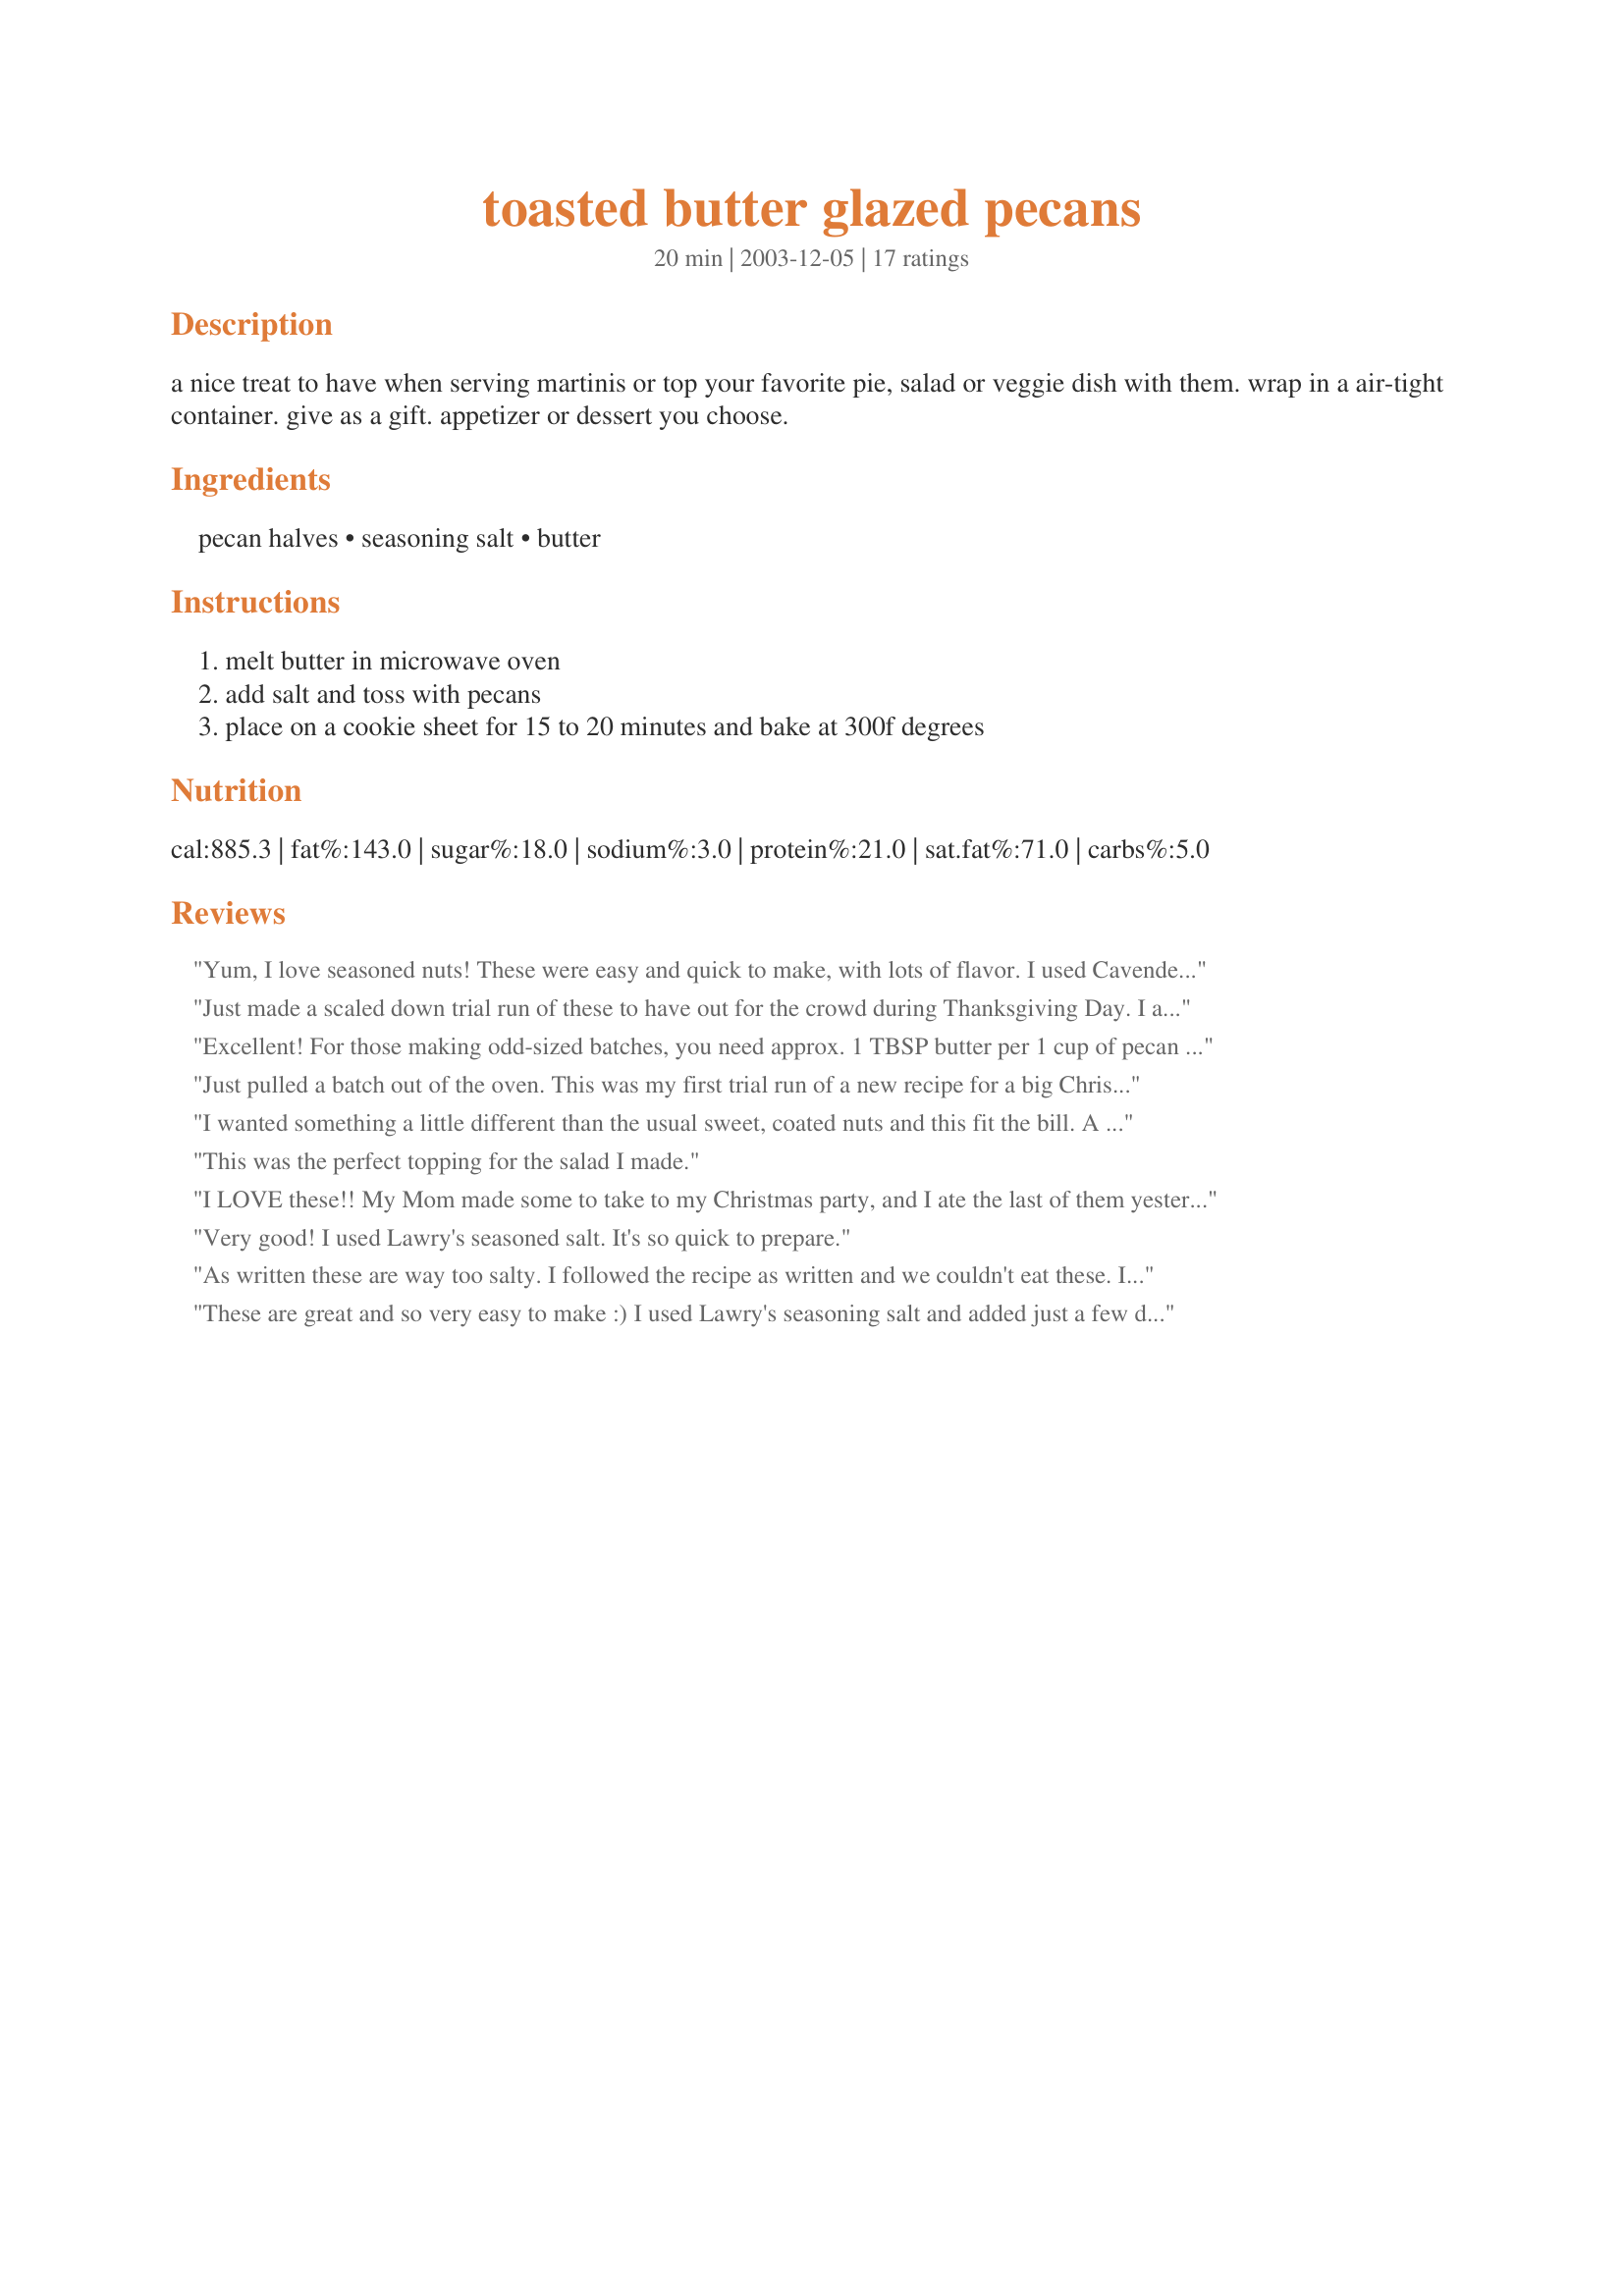
toasted butter glazed pecans
Preparation time: 20 minutes

a nice treat to have when serving martinis or top your favorite pie, salad or veggie dish with them. wrap in a air-tight container. give as a gift. appetizer or dessert you choose.

Ingredients:
pecan halves, seasoning salt, butter

Steps:
melt butter in microwave oven, add salt and toss with pecans, place on a cookie sheet for 15 to 20 minutes and bake at 300f degrees

Reviews:
Yum, I love seasoned nuts! These were easy and quick to make, with lots of flavor. I used Cavender's Greek seasoning and I recommend it!
Just made a scaled down trial run of these to have out for the crowd during Thanksgiving Day. I am sure they will be devoured! Thank you for the easy pleaser Rita!!!
Excellent! For those making odd-sized batches, you need approx. 1 TBSP butter per 1 cup of pecan halves. I tend to like a lighter touch on salt, so I added 1/8 tsp. per cup of nuts (or approx. 1/2 tsp. per pound of pecans). Thank you so much for offering this easy recipe for these delectable little treats!
Just pulled a batch out of the oven. This was my first trial run of a new recipe for a big Christmas party we're planning. Now if I could only find a dozen more appetizers that are this quick, easy and delicious! I followed Michelle's lead, reducing the McCormick's s.s. slightly and adding a sprinkling of garlic powder. YUM! This is the perfect nibble to serve at the bar. Thanks, Rita!
I wanted something a little different than the usual sweet, coated nuts and this fit the bill. A great savory addition to my holiday baking! Thanks Rita!
This was the perfect topping for the salad I made.
I LOVE these!! My Mom made some to take to my Christmas party, and I ate the last of them yesterday. I HAD to make some for myself today! I love the saltiness of the nuts. I used unsalted butter and a little less seasoned salt than called for. I also added just a dash of chili powder, as that is what my Mom said she does. Be sure to stir them every 5 minutes or so, so they will toast evenly. Thanks, Rita, for the great recipe!
Very good! I used Lawry's seasoned salt. It's so quick to prepare.
As written these are way too salty. I followed the recipe as written and we couldn't eat these. I should have read the reviews first but with all the 5 stars, I figured as written these were perfect. I did make them again and used 1 teaspoon of season salt and still thought they were pretty salty so I added 2 tablespoons of sugar to help with the taste. I would definately cut the salt back to 1/2 teaspoon and use unsalted butter.
These are great and so very easy to make :) I used Lawry's seasoning salt and added just a few drops of worcestershire Sauce too. Great for partys,gifts, or just to have something to snack on. Thanks for sharing the recipe!
Great--simple and easy. Will look great ina red cellophane bag on goodie trays, if DH leaves them alone!
Oh my are these addicting! I made these last night as a little munchie for DH when he got hone from work. I cut back about 1/2 t. on the salt and added about a 1/4 t. garlic powder! We loved them. My twisted mind is now thinking how I can warp this into trying to make a "smokehouse" style almond!
Fast and easy recipe with delicious results! I used them in a salad tonight, but we couldn't stop snacking on them! I will definitely be making them again. Thanks for sharing this recipe Rita L!
Tasty pecans, great on green salads.These are good to have on hand for a lot of other dishes, Thanks Rita for another special recipe.
We loved these! We have our own pecan tree in the back yard and I'm always looking for easy ways to use them. These tasted so good when warm! Not too greasy and just the right amount of salt. Thanks! Just editing to add that 1 pound shelled pecans equals 4 to 4-1/2 cups halves or 3 to 3-3/4 cups chopped.
Quick and yummy pecans for snacking. I prepared these for my Christmas Open House and placed a bowl in the little corner where I set up my "bar". Even those who were sipping plain cider made a few trips to the liquor cabinet to grab a handful of these. I followed the recipes exactly and used Lawry's seasoned salt. The buttery saltiness is a nice contrast to the sweetness of the pecans and very addictive.
My husband and brother-in-law wanted toasted pecans. They had eaten them and said to fix them with butter and salt. I went straight to Recipezaar to find out what to do. This was easy as can be and made a fancy appetizer. I used plain salt instead of seasoned salt and they loved them. Now they won't fuss about having to shell pecans for me. I'll just have a hard time keeping any to bake with.
